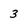
Character: 3